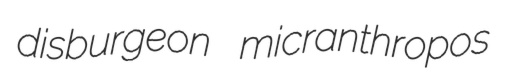
disburgeon micranthropos